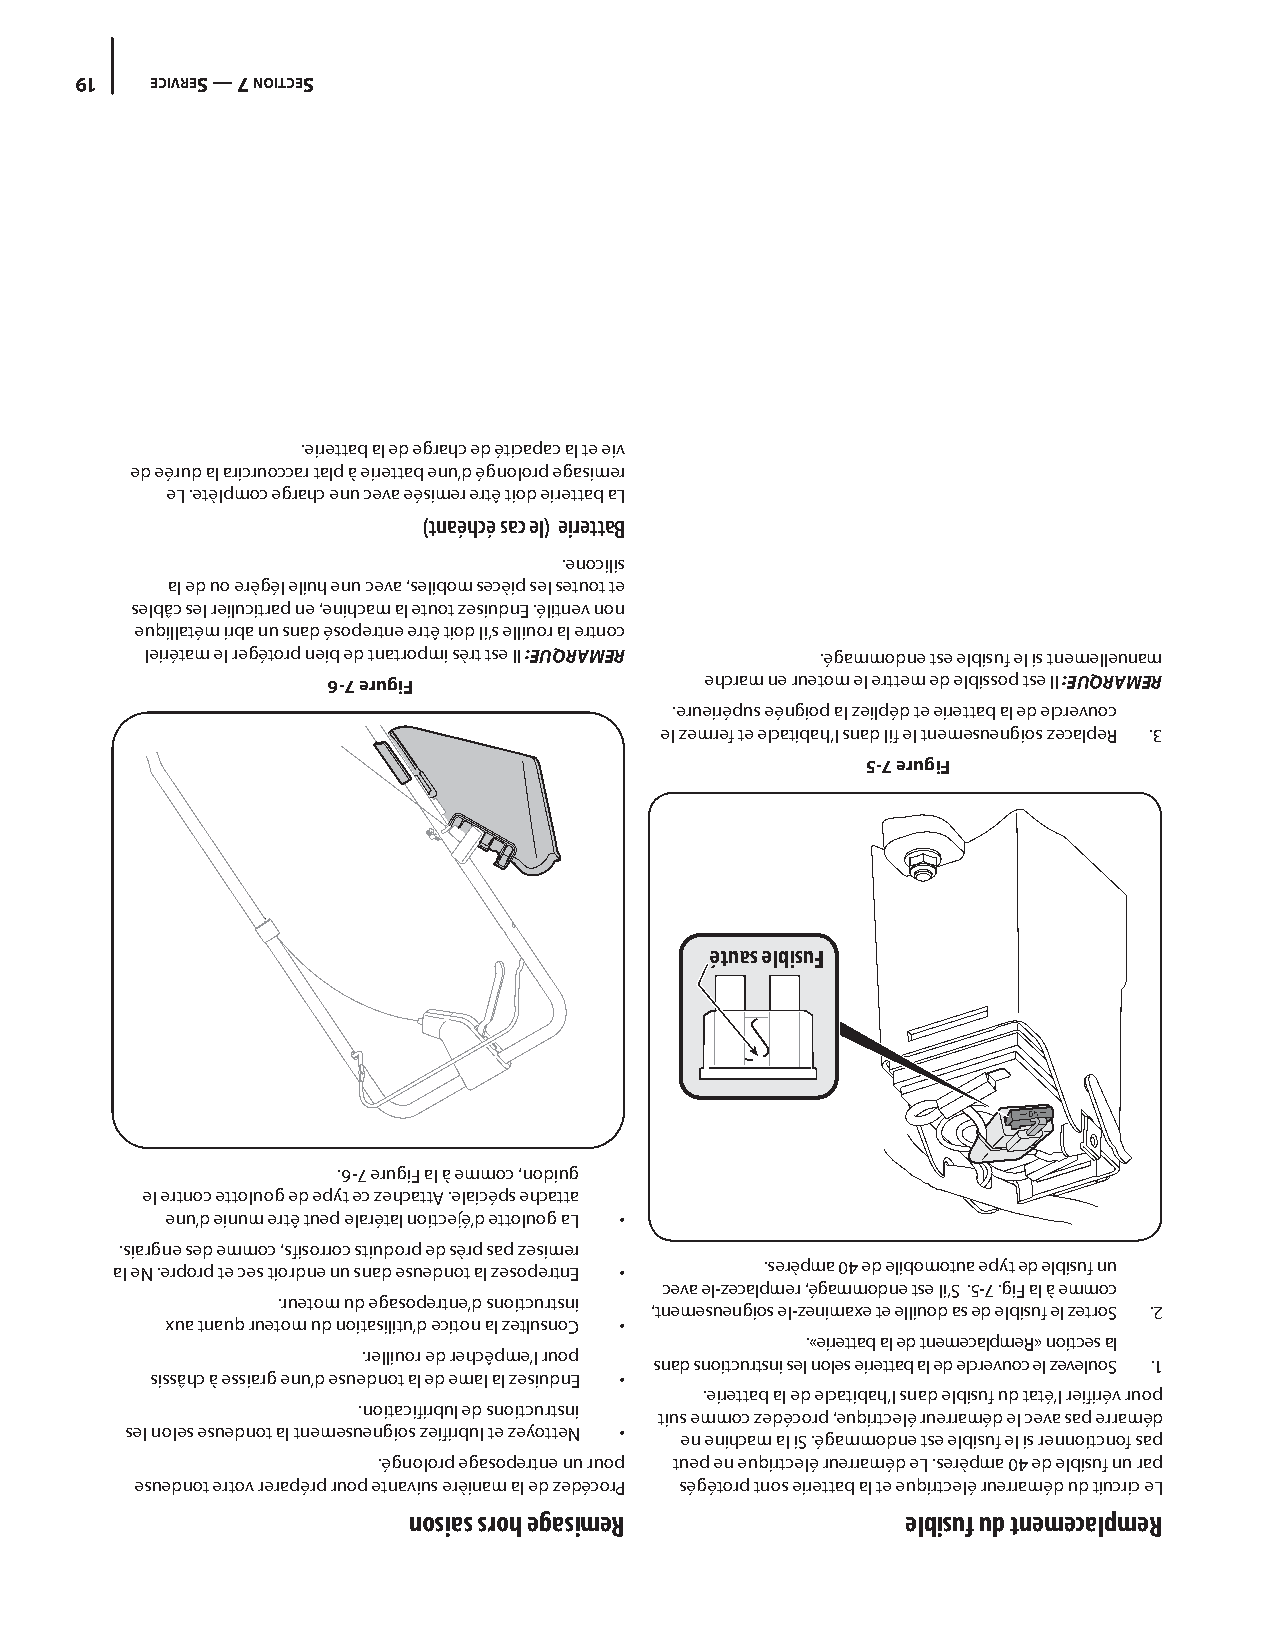
91   ECIVRES — 7 NOITCES
 .eirettab al ed egrahc ed éticapac al te eiv
 ed eérud al aricruoccar talp à eirettab enu’d égnolorp egasimer
 eL .etèlpmoc egrahc enu ceva eésimer ertê tiod eirettab aL
 )tnaéhcé sac el( eirettaB
 .enocilis
 al ed uo erègél eliuh enu ceva ,selibom secèip sel setuot te
 selbâc sel reilucitrap ne ,enihcam al etuot zesiudnE .élitnev non
 euqillatém irba nu snad ésopertne ertê tiod li’s elliuor al ertnoc
 leirétam el regétorp neib ed tnatropmi sèrt tse lI :EUQRAMER .égammodne tse elbisuf el is tnemelleunam
 6-7 erugiF               ehcram ne ruetom el erttem ed elbissop tse lI :EUQRAMER
 .erueirépus eéngiop al zeilpéd te eirettab al ed elcrevuoc
 el zemref te elcatibah’l snad lif el tnemesuengios zecalpeR .3
 5-7 erugiF
 étuas elbisuF
 .6-7 erugiF al à emmoc ,nodiug
 el ertnoc ettoluog ed epyt ec zehcattA .elaicéps ehcatta
 enu’d einum ertê tuep elarétal noitcejé’d ettoluog aL •
 .siargne sed emmoc ,sfisorroc stiudorp ed sèrp sap zesimer
 al eN .erporp te ces tiordne nu snad esuednot al zesopertnE • .serèpma 04 ed elibomotua epyt ed elbisuf nu
 ceva el-zecalpmer ,égammodne tse li’S .5-7 .giF al à emmoc
 .ruetom ud egasopertne’d snoitcurtsni
 ,tnemesuengios el-zenimaxe te elliuod as ed elbisuf el zetroS .2
 xua tnauq ruetom ud noitasilitu’d eciton al zetlusnoC •
 .»eirettab al ed tnemecalpmeR« noitces al
 .relliuor ed rehcêpme’l ruop
 snad snoitcurtsni sel noles eirettab al ed elcrevuoc el zeveluoS .1
 sissâhc à essiarg enu’d esuednot al ed emal al zesiudnE •
 .eirettab al ed elcatibah’l snad elbisuf ud taté’l reifirév ruop
 .noitacifirbul ed snoitcurtsni
 tius emmoc zedécorp ,euqirtcelé ruerraméd el ceva sap erraméd
 sel noles esuednot al tnemesuengios zeifirbul te zeyotteN •
 en enihcam al iS .égammodne tse elbisuf el is rennoitcnof sap
 .égnolorp egasopertne nu ruop tuep en euqirtcelé ruerraméd eL .serèpma 04 ed elbisuf nu rap
 esuednot ertov rerapérp ruop etnavius erèinam al ed zedécorP ségétorp tnos eirettab al te euqirtcelé ruerraméd ud tiucric eL
 nosias sroh egasimeR             elbisuf ud tnemecalpmeR